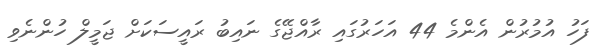
ފަހު އުމުރުން އެންމެ 44 އަހަރުގައި ރާއްޖޭގެ ނައިބު ރައީސަކަށް ޖަމީލް ހުންނެވި